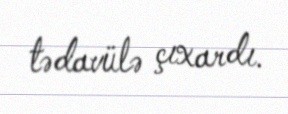
tədavülə çıxardı.